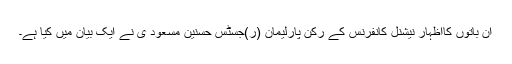
ان باتوں کااظہار نیشنل کانفرنس کے رکن پارلیمان (ر)جسٹس حسنین مسعود ی نے ایک بیان میں کیا ہے۔